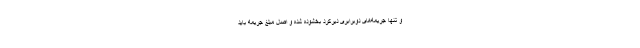
و تنها جریمه‌های دوبرابری دیرکرد بخشوده شده و اصل مبلغ جریمه باید